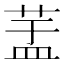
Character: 𦱃